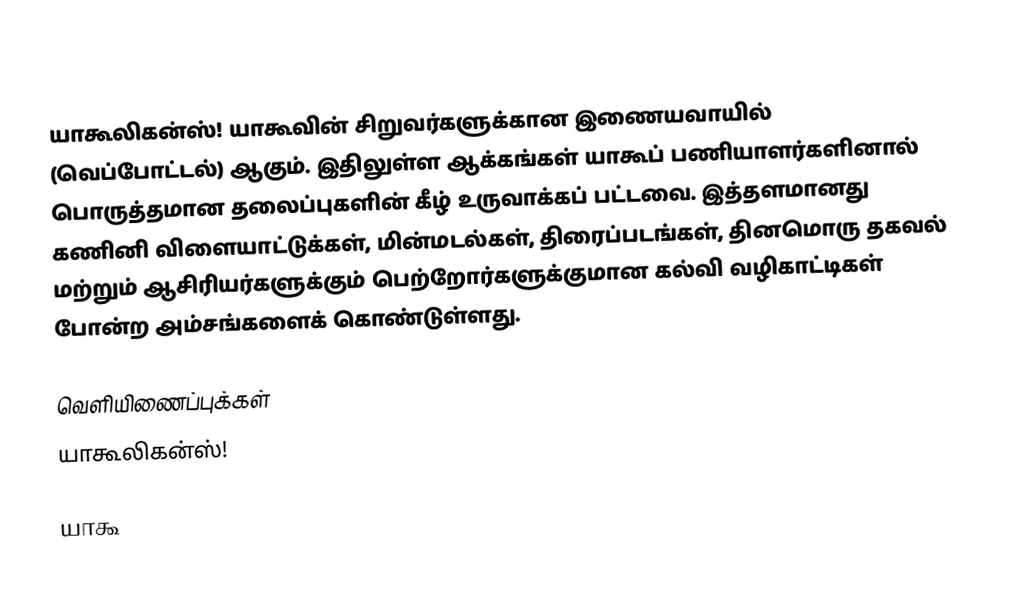
யாகூலிகன்ஸ்! யாகூவின் சிறுவர்களுக்கான இணையவாயில் (வெப்போட்டல்) ஆகும். இதிலுள்ள ஆக்கங்கள் யாகூப் பணியாளர்களினால் பொருத்தமான தலைப்புகளின் கீழ் உருவாக்கப் பட்டவை. இத்தளமானது கணினி விளையாட்டுக்கள், மின்மடல்கள், திரைப்படங்கள், தினமொரு தகவல் மற்றும் ஆசிரியர்களுக்கும் பெற்றோர்களுக்குமான கல்வி வழிகாட்டிகள் போன்ற அம்சங்களைக் கொண்டுள்ளது.

வெளியிணைப்புக்கள்
 யாகூலிகன்ஸ்!

யாகூ